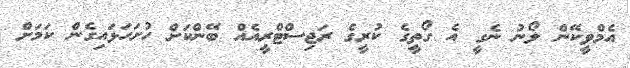
އެމްވީކޭން ލޯނު ނެގީ އެ ގޯތީގެ ކުރީގެ ރަޖިސްޓްރީއެއް ބޭންކަށް ހުށަހަޅައިގެން ކަމަށް